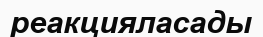
реакцияласады